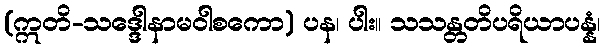
(ဣတိ-သဒ္ဒေါနာမဝါစကော) ပန၊ ပါး။ သသန္တတိပရိယာပန္နံ၊